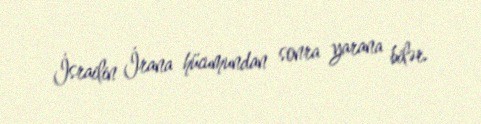
İsrailin İrana hücumundan sonra yarana bilər.